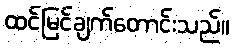
ထင်မြင်ချက်တောင်းသည်။